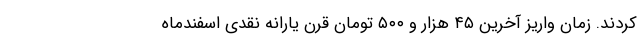
کردند. زمان واریز آخرین ۴۵ هزار و ۵۰۰ تومان قرن یارانه نقدی اسفندماه